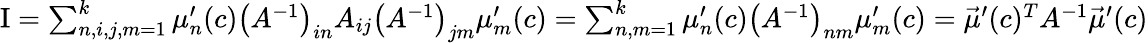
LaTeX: \begin{array}{r}{\mathrm{I}=\sum_{n,i,j,m=1}^{k}\mu_{n}^{\prime}(c)\left(A^{-1}\right)_{in}A_{ij}\left(A^{-1}\right)_{jm}\mu_{m}^{\prime}(c)=\sum_{n,m=1}^{k}\mu_{n}^{\prime}(c)\left(A^{-1}\right)_{nm}\mu_{m}^{\prime}(c)=\vec{\mu}^{\prime}(c)^{T}A^{-1}\vec{\mu}^{\prime}(c)}\end{array}